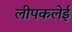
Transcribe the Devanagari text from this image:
लीपकलेई